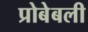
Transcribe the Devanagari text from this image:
प्रोबेबली